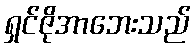
ရှင်ဇိုအာဘေးသည်